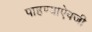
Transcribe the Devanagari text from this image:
पाहण्याऐवजी